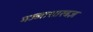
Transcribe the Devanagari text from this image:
मज्जाशास्त्रज्ञ